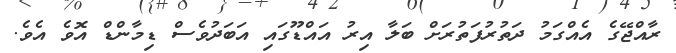
ރާއްޖޭގެ އެއްގަމު ދަތުރުފަތުރަށް ބަލާ އިރު އައްޑޫގައި އަބަދުވެސް ޑިމާންޑް އޮވެ އެވެ.